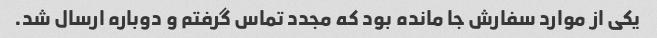
یکی از موارد سفارش جا مانده بود که مجدد تماس گرفتم و دوباره ارسال شد.